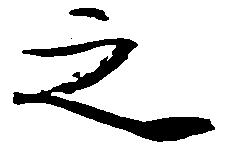
之